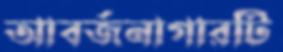
আবর্জনাগারটি